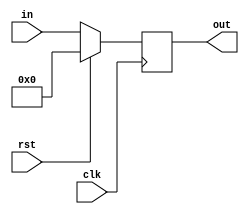

module Registers_2  (
    input clk,
    input rst,
    input [63:0] in,
    output reg [63:0]  out
);
  
always @(posedge clk )
begin

    if(rst == 1'b1)
    begin
        out=0;
    end
    else 
    begin
        out=in;
    end
end
endmodule